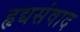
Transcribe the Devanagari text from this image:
हृद्यसंवाद